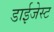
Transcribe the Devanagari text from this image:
डाईजेस्ट